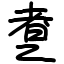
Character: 乽